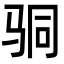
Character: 𩧲